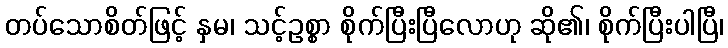
တပ်သောစိတ်ဖြင့် နှမ၊ သင့်ဥစ္စာ စိုက်ပြီးပြီလောဟု ဆို၏၊ စိုက်ပြီးပါပြီ၊